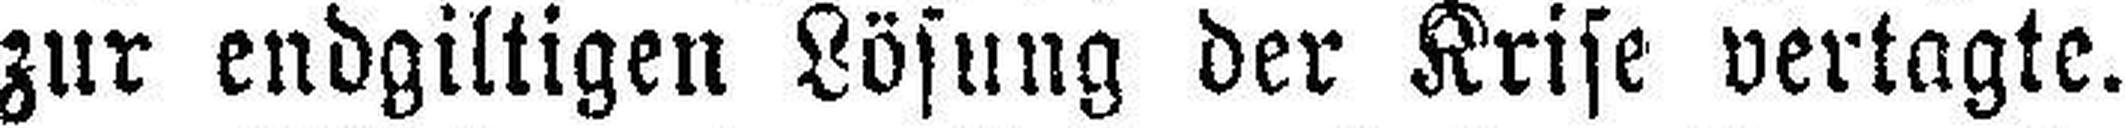
zur endgiltigen Lösung der Krise vertagte.